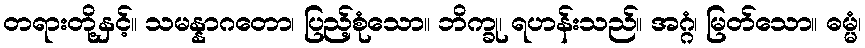
တရားတို့နှင့်။ သမန္နာဂတော၊ ပြည့်စုံသော။ ဘိက္ခု၊ ရဟန်းသည်။ အဂ္ဂံ၊ မြတ်သော။ ဓမ္မံ၊